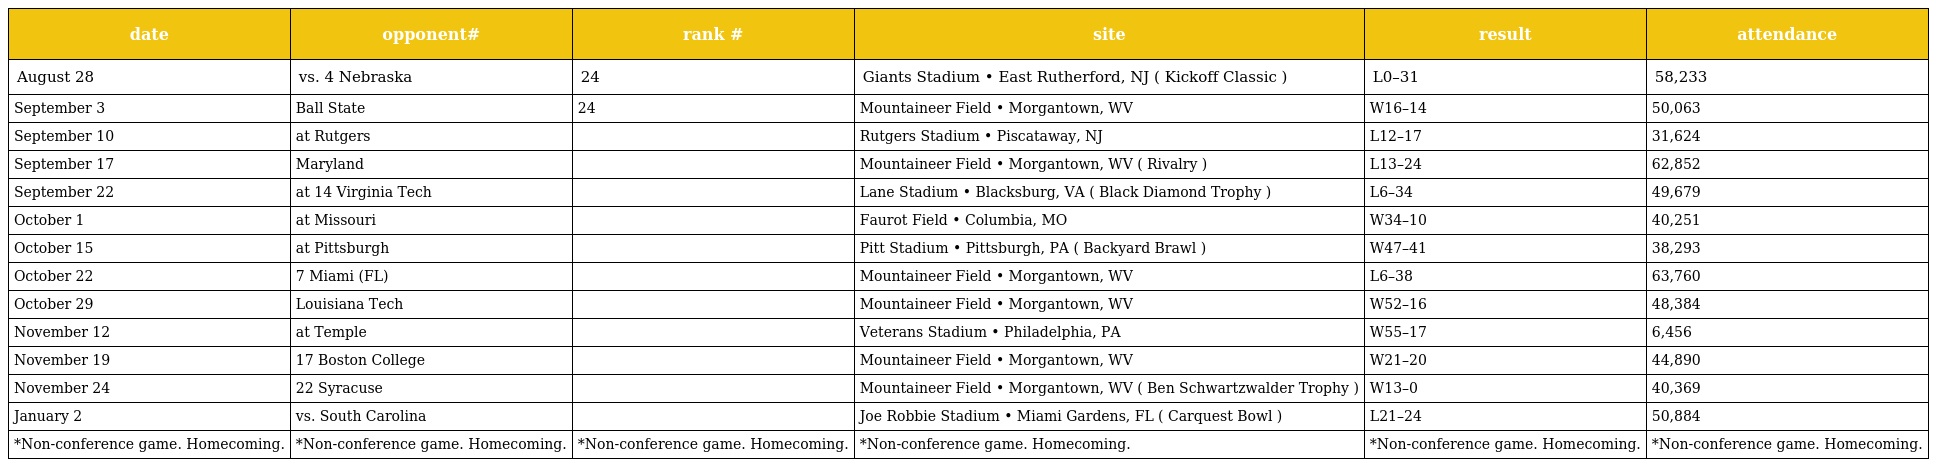
| date | opponent# | rank # | site | result | attendance |
 | --- | --- | --- | --- | --- | --- |
 | August 28 | vs. 4 Nebraska | 24 | Giants Stadium • East Rutherford, NJ ( Kickoff Classic ) | L0–31 | 58,233 |
 | September 3 | Ball State | 24 | Mountaineer Field • Morgantown, WV | W16–14 | 50,063 |
 | September 10 | at Rutgers |  | Rutgers Stadium • Piscataway, NJ | L12–17 | 31,624 |
 | September 17 | Maryland |  | Mountaineer Field • Morgantown, WV ( Rivalry ) | L13–24 | 62,852 |
 | September 22 | at 14 Virginia Tech |  | Lane Stadium • Blacksburg, VA ( Black Diamond Trophy ) | L6–34 | 49,679 |
 | October 1 | at Missouri |  | Faurot Field • Columbia, MO | W34–10 | 40,251 |
 | October 15 | at Pittsburgh |  | Pitt Stadium • Pittsburgh, PA ( Backyard Brawl ) | W47–41 | 38,293 |
 | October 22 | 7 Miami (FL) |  | Mountaineer Field • Morgantown, WV | L6–38 | 63,760 |
 | October 29 | Louisiana Tech |  | Mountaineer Field • Morgantown, WV | W52–16 | 48,384 |
 | November 12 | at Temple |  | Veterans Stadium • Philadelphia, PA | W55–17 | 6,456 |
 | November 19 | 17 Boston College |  | Mountaineer Field • Morgantown, WV | W21–20 | 44,890 |
 | November 24 | 22 Syracuse |  | Mountaineer Field • Morgantown, WV ( Ben Schwartzwalder Trophy ) | W13–0 | 40,369 |
 | January 2 | vs. South Carolina |  | Joe Robbie Stadium • Miami Gardens, FL ( Carquest Bowl ) | L21–24 | 50,884 |
 | *Non-conference game. Homecoming. | *Non-conference game. Homecoming. | *Non-conference game. Homecoming. | *Non-conference game. Homecoming. | *Non-conference game. Homecoming. | *Non-conference game. Homecoming. |